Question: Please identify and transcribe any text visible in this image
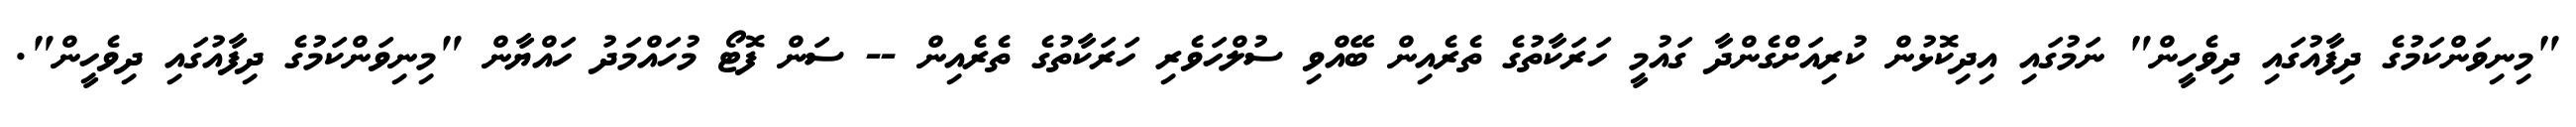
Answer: "މިނިވަންކަމުގެ ދިފާއުގައި ދިވެހީން" ނަމުގައި އިދިކޮޅުން ކުރިއަށްގެންދާ ގައުމީ ހަރަކާތުގެ ތެރެއިން ބޭއްވި ސުލްހަވެރި ހަރަކާތުގެ ތެރެއިން -- ސަން ފޮޓޯ މުހައްމަދު ހައްޔާން "މިނިވަންކަމުގެ ދިފާއުގައި ދިވެހީން".